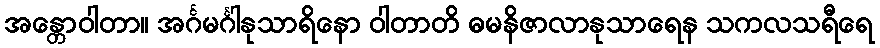
အန္တောဝါတာ။ အင်္ဂမင်္ဂါနုသာရိနော ဝါတာတိ ဓမနိဇာလာနုသာရေန သကလသရီရေ